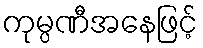
ကုမ္ပဏီအနေဖြင့်